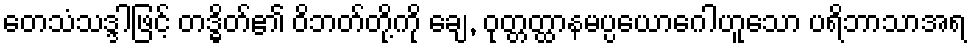
တေသံသဒ္ဒါဖြင့် တဒ္ဓိတ်၏ ဝိဘတ်တို့ကို ချေ, ဝုတ္တတ္ထာနမပ္ပယောဂေါဟူသော ပရိဘာသာအရ